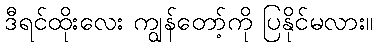
ဒီရင်ထိုးလေး ကျွန်တော့်ကို ပြနိုင်မလား။